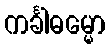
ကင်္ခါဓမ္မော